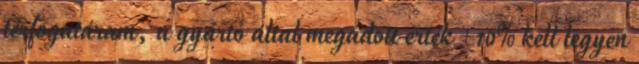
térfogatáram, a gyártó által megadott érték ±10% kell legyen